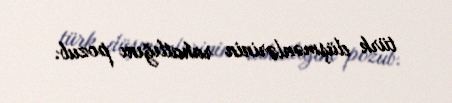
türk düşmənlərinin rahatlığını pozub.